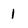
Character: I